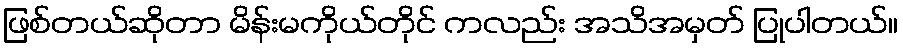
ဖြစ်တယ်ဆိုတာ မိန်းမကိုယ်တိုင် ကလည်း အသိအမှတ် ပြုပါတယ်။